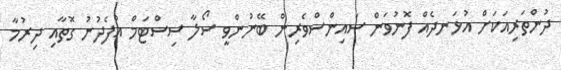
ދުންތަރިއަކަށް އުޅަނދެއް ފޮނުވަން ސައިންސްވެރިން ބޭނުންވީ ސޯލާ ސިސްޓަމް އުފެދުނު ގޮތާއި ދިރުމާ